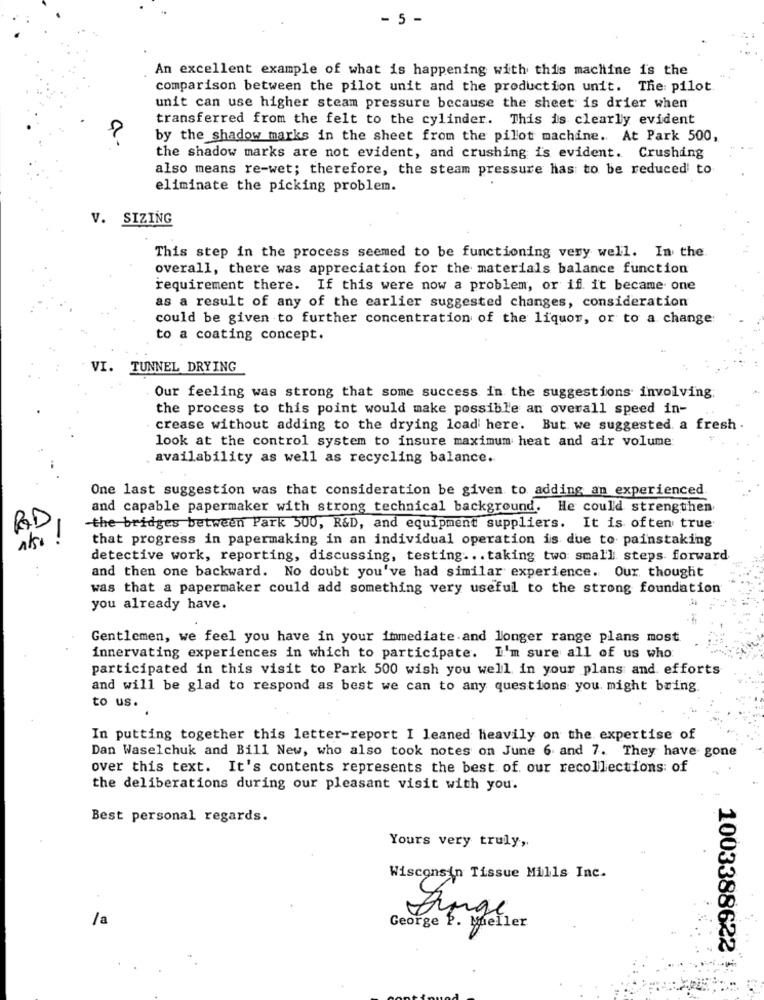
- 5 -
An excellent example of what is happening with this machine is the
comparison between the pilot unit and the production unit. The: pilot
unit can use higher steam pressure because the sheet is drier when
transferred from the felt to the cylinder. This is clearly evident
by the shadow marks in the sheet from the pilot machine. At Park 500,
the shadow marks are not evident, and crushing is evident. Crushing
also means re-wet; therefore, the steam pressure has to be reduced to
eliminate the picking problem.
V. SIZING
This step in the process seemed to be functioning very well. In the.
overall, there was appreciation for the materials balance function
requirement there. If this were now a problem, or if it became one
as a result of any of the earlier suggested changes, consideration
could be given to further concentration of the liquor, or to a change
to a coating concept.
VI. TUNNEL DRYING
Our feeling was strong that some success in the suggestions involving;
the process to this point would make possible an overall speed in-
crease without adding to the drying load here. But we suggested. a fresh.
look at the control system to insure maximum heat and air volume
availability as well as recycling balance.
One last suggestion was that consideration be given to adding an experienced.
and capable papermaker with strong technical background. He could strengthen
RD
the bridges between Park 500, R&D, and equipment suppliers. It is often true
that progress in papermaking in an individual operation is due to painstaking
detective work, reporting, discussing, testing ... taking two small steps forward
and then one backward. No doubt you've had similar experience. Our thought
was that a papermaker could add something very useful to the strong foundation
you already have.
Gentlemen, we feel you have in your immediate and longer range plans most
innervating experiences in which to participate. I'm sure all of us who
participated in this visit to Park 500 wish you well in your plans and efforts
and will be glad to respond as best we can to any questions you might bring
to us.
In putting together this letter-report I leaned heavily on the expertise of
Dan Waselchuk and Bill New, who also took notes on June 6 and 7. They have gone
over this text. It's contents represents the best of our recollections: of
the deliberations during our pleasant visit with you.
Best personal regards.
Yours very truly,
Wisconsin Tissue Mills Inc.
/a
Zinge
George P. Mueller
1003388622